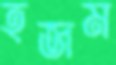
হজম